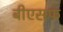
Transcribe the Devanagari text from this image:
बीएसफ